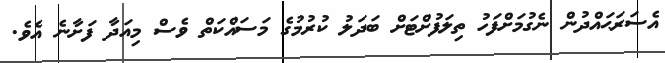
އެސަރަޙައްދުން ނެގުމަށްފަހު ތިލަފުށްޓަށް ބަދަލު ކުރުމުގެ މަސައްކަތް ވެސް މިއަދާ ފަށާނެ އެވެ.